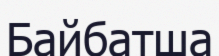
Байбатша